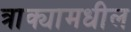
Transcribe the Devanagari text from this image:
त्राक्यामधील